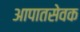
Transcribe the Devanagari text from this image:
आपातसेवक